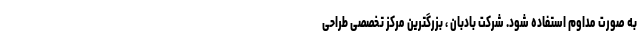
به صورت مداوم استفاده شود. شرکت بادبان ، بزرگترین مرکز تخصصی طراحی